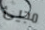
مجيئ